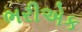
ભરીએક